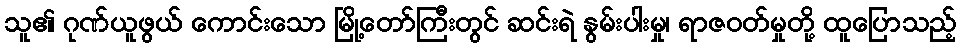
သူ၏ ဂုဏ်ယူဖွယ် ကောင်းသော မြို့တော်ကြီးတွင် ဆင်းရဲ နွမ်းပါးမှု၊ ရာဇဝတ်မှုတို့ ထူပြောသည့်